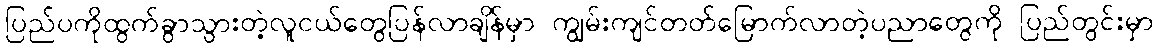
ပြည်ပကိုထွက်ခွာသွားတဲ့လူငယ်တွေပြန်လာချိန်မှာ ကျွမ်းကျင်တတ်မြောက်လာတဲ့ပညာတွေကို ပြည်တွင်းမှာ